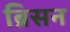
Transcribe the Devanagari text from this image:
ब्रिसन